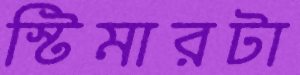
স্টিমারটা